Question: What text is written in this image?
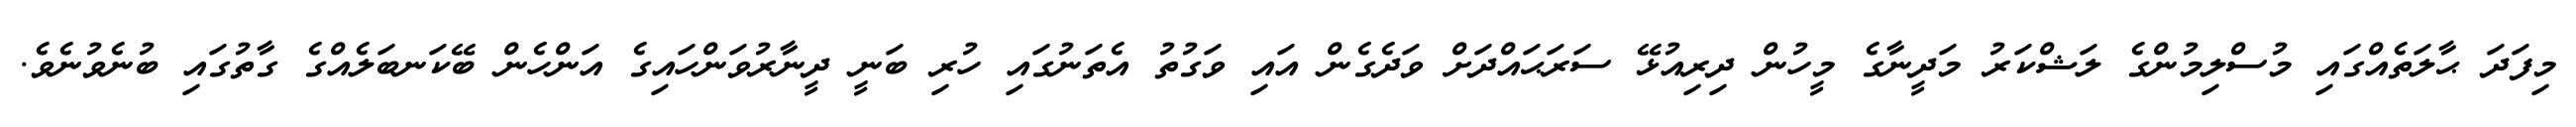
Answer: މިފަދަ ޙާލަތެއްގައި މުސްލިމުންގެ ލަޝްކަރު މަދީނާގެ މީހުން ދިރިއުޅޭ ސަރަޙައްދަށް ވަދެގެން އައި ވަގުތު އެތަނުގައި ހުރި ބަނީ ދީނާރުވަންހައިގެ އަންހެން ބޭކަނބަލެއްގެ ގާތުގައި ބުނެވުނެވެ.